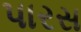
પારસ